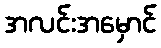
အလင်းအမှောင်